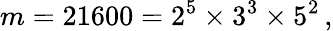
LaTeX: m=21600=2^{5}\times 3^{3}\times 5^{2}\, ,